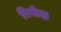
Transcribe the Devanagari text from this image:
रिपोझ